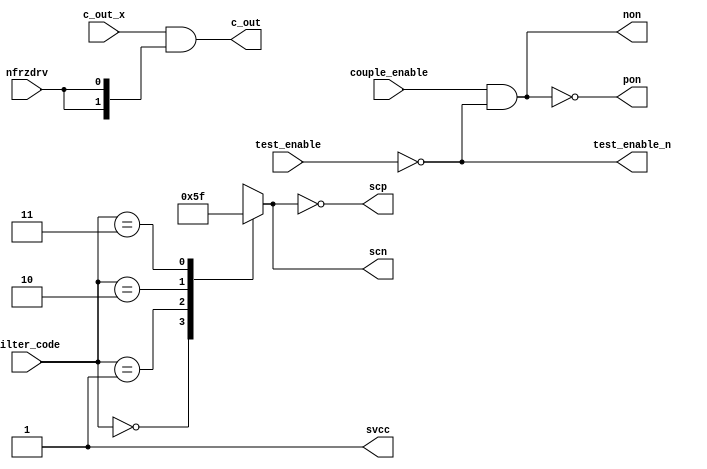
// SPDX-License-Identifier: Apache-2.0
// Copyright (C) 2019 Intel Corporation. 

//-------------------------------------------------------------------------------------------------------------------------------------------------------------------------
// io_min_misc :   misc block for interpolator
//-------------------------------------------------------------------------------------------------------------------------------------------------------------------------

module io_min_misc (
input       [1:0] filter_code,      	// 00 = 1.6 GHz, 01 = 1.2 GHz, 10 = 1.0 GHz, 11 = 0.8 GHz
input       [1:0] c_out_x,      		// interpolator clock for pnr/dpa
input             couple_enable,    	// cross coupling enable
input             nfrzdrv,          	// for power domain crossing protection
input             test_enable,      	// Active high test enable    1: avoid tristate on output of interp_mux during testing
output      [1:0] c_out,			// interpolator clock for pnr/dpa
output            pon,        		// cross couple control for p fingers
output            non,        		// cross couple control for n fingers
output      [3:1] scp,              	// filter capacitance selection
output reg  [3:1] scn,              	// filter capacitance selection
output            svcc,        		// for test
output            test_enable_n      	// Active low test enable
);

`ifdef TIMESCALE_EN
                timeunit 1ps;
                timeprecision 1ps;
`endif

parameter  INV_DELAY      = 15;  // 15ps
parameter  LATCH_DELAY    = 50;  // 50ps
parameter  BUF_DELAY      = 25;  // 25ps
parameter  MUX_DELAY      = 50;  // 50ps

assign svcc = 1'b1;
assign test_enable_n        = ~test_enable;
assign #(2 * INV_DELAY) c_out[1:0] = c_out_x[1:0] & {2{nfrzdrv}};
assign non	    	    = couple_enable & test_enable_n;
assign pon	    	    = ~non;

//filter code decode
always @(*)
  case (filter_code[1:0])
    2'b00 :  scn[3:1] = 3'b000;
    2'b01 :  scn[3:1] = 3'b001;
    2'b10 :  scn[3:1] = 3'b011;
    2'b11 :  scn[3:1] = 3'b111;
  endcase
assign #INV_DELAY scp[3:1] = ~scn[3:1];

endmodule